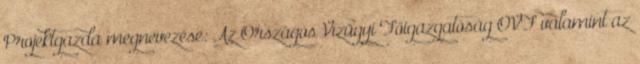
Projektgazda megnevezése: Az Országos Vízügyi Főigazgatóság OVF valamint az